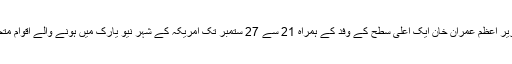
دفترخارجہ کے جاری کردہ بیان میں کہا گیا ہے کہ وزیر اعظم عمران خان ایک اعلیٰ سطح کے وفد کے ہمراہ 21 سے 27 ستمبر تک امریکہ کے شہر نیو یارک میں ہونے والے اقوام متحدہ کی جنرل اسمبلی کے اجلاس میں شرکت کریں گے۔